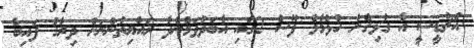
އެޗްޑީސީ އާ ގުޅިގެން ހުޅުމާލެ ފޭސް 2ގައި އާބަދުވަމުންދާ ރައްޔިތުންނަށް ދިރާގު ފައިބާ